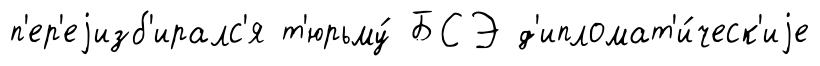
п'ер'еjизб'иралс'я т'юрьму́ БСЭ д'ипломат'и́ческ'иjе